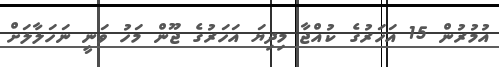
އުމުރުން 15 އަހަރުގެ ކުއްޖާ މިދިޔަ އަހަރުގެ ޖޫން މަހު ވަނީ ނަހަލާލަށް